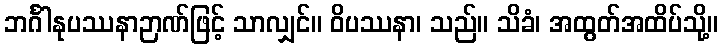
ဘင်္ဂါနုပဿနာဉာဏ်ဖြင့် သာလျှင်။ ဝိပဿနာ၊ သည်။ သိခံ၊ အထွတ်အထိပ်သို့။